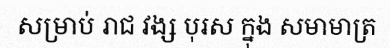
សម្រាប់ រាជ វង្ស បុរស ក្នុង សមាមាត្រ